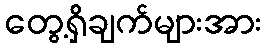
တွေ့ရှိချက်များအား